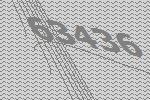
63436